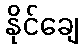
နိုင်ချေ